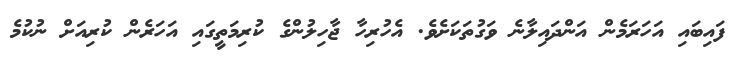
ފައިބައި އަހަރަމެން އަންދައިލާނެ ވަގުތަކަށެވެ. އެހުރިހާ ޖާހިލުންގެ ކުރިމަތީގައި އަހަރެން ކުރިއަށް ނުކުމެ